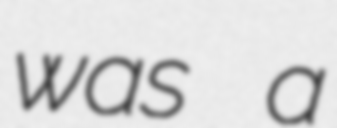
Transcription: was a